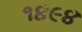
૧૪૯૪